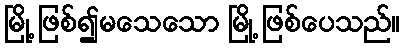
မြို့ ဖြစ်၍မသေသော မြို့ ဖြစ်ပေသည်။